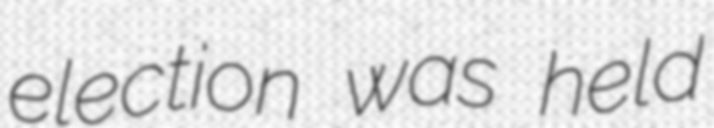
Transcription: election was held